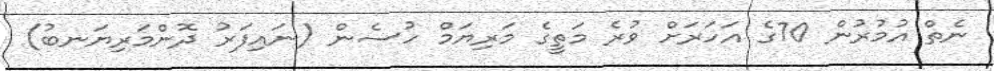
ނެތް އުމުރުން 70ގެ އަހަރަށް ވުރެ މަތީގެ މަރިޔަމް ހުސެން (ނައިފަރު ދޮންމަރިޔަނބު)